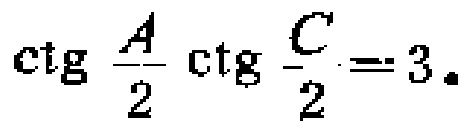
\(\operatorname{ctg} \frac{A}{2} \operatorname{ctg} \frac{C}{2}=3\)